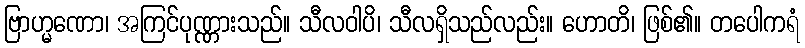
ဗြာဟ္မဏော၊ အကြင်ပုဏ္ဏားသည်။ သီလဝါပိ၊ သီလရှိသည်လည်း။ ဟောတိ၊ ဖြစ်၏။ တပေါကရံ